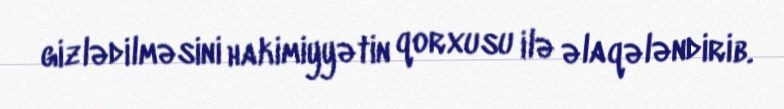
gizlədilməsini hakimiyyətin qorxusu ilə əlaqələndirib.